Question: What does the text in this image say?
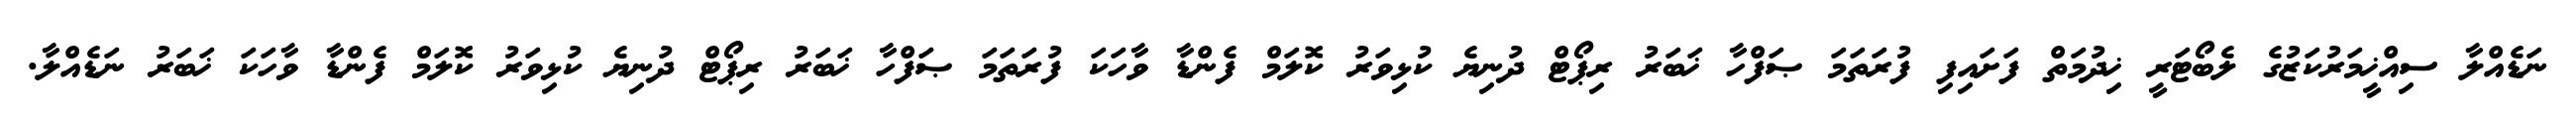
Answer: ނަޑެއްލާ ސިއްޚީމަރުކަޒުގެ ލެބޯޓަރީ ޚިދުމަތް ފަށައިފި ފުރަތަމަ ޞަފްހާ ޚަބަރު ރިޕޯޓް ދުނިޔެ ކުޅިވަރު ކޮލަމް ފެންޑާ ވާހަކަ ފުރަތަމަ ޞަފްހާ ޚަބަރު ރިޕޯޓް ދުނިޔެ ކުޅިވަރު ކޮލަމް ފެންޑާ ވާހަކަ ޚަބަރު ނަޑެއްލާ.